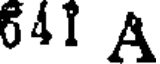
641 A